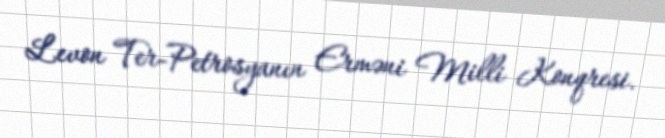
Levon Ter-Petrosyanın Erməni Milli Konqresi.